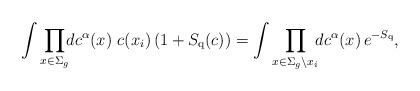
LaTeX: \begin{align*}\int \prod_{x\in \Sigma_{g}}\!\!dc^{\alpha}(x) \,\, c(x_{i}) \left( 1 + S_{{\rm q}}(c)\right) = \int \prod_{x\in \Sigma_{g}\setminus x_{i}} \!\! dc^{\alpha}(x) \,e^{-S_{{\rm q}}},\end{align*}